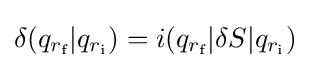
\delta (q_{r_{\text{f}}}|q_{r_{\text{i}}})=i(q_{r_{\text{f}}}|\delta S|q_{r_{\text{i}}})